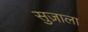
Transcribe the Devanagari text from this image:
सुज़ाला